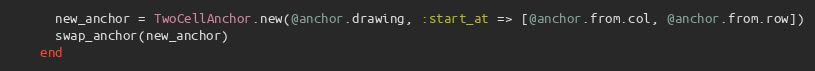
Language: Ruby
      new_anchor = TwoCellAnchor.new(@anchor.drawing, :start_at => [@anchor.from.col, @anchor.from.row])
      swap_anchor(new_anchor)
    end